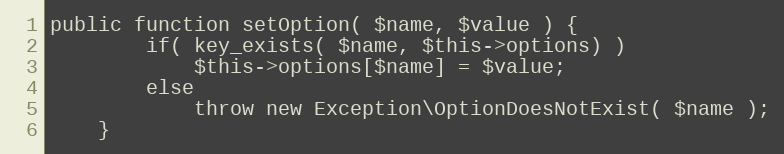
Language: PHP
public function setOption( $name, $value ) {
        if( key_exists( $name, $this->options) )
            $this->options[$name] = $value;
        else
            throw new Exception\OptionDoesNotExist( $name );
    }